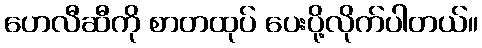
ဟေလီဆီကို စာတထုပ် ပေးပို့လိုက်ပါတယ်။